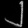
Digit: ၂